Burma Government Medical School reports 1907-22
Year: 1907
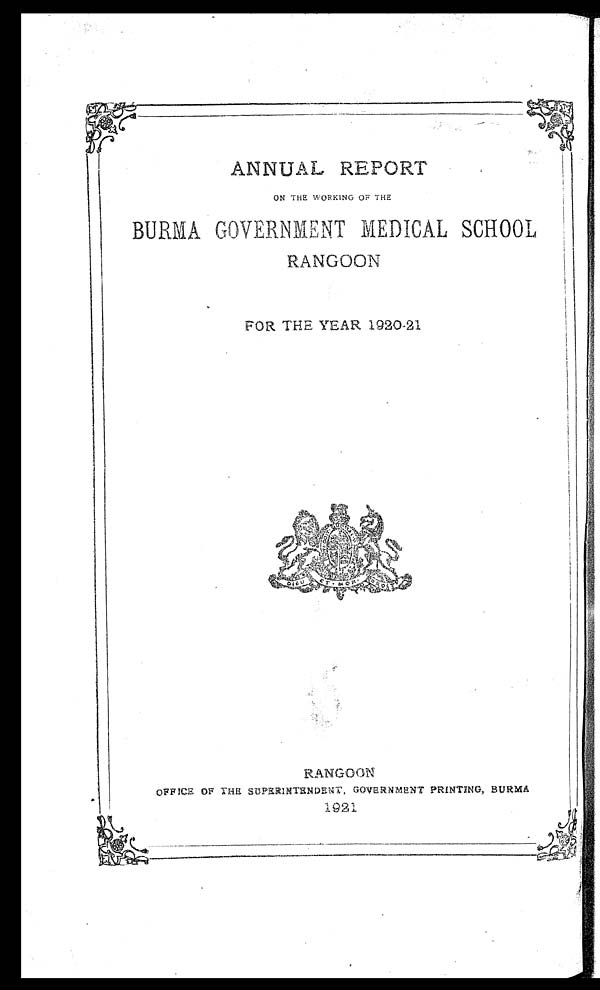
ANNUAL REPORT
ON THE WORKING OF THE
BURMA GOVERNMENT MDICAL SCHOOL
RANGOON
FOR THE YEAR 1920-21
RANGOON
OFFICE OF THE SUPERINTENDENT, GOVERNMENT PRINTING, BURMA